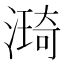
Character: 𣾏